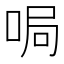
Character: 𫪐